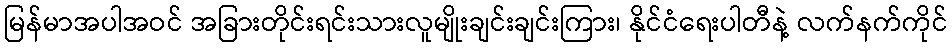
မြန်မာအပါအဝင် အခြားတိုင်းရင်းသားလူမျိုးချင်းချင်းကြား၊ နိုင်ငံရေးပါတီနဲ့ လက်နက်ကိုင်